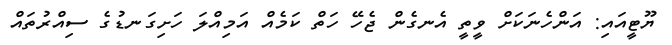
ޔޫޓީއައި: އަންހެނަކަށް ވީތީ އެނގެން ޖެހޭ ހަތް ކަމެއް އަމިއްލަ ހަށިގަނޑުގެ ސިއްރުތައް